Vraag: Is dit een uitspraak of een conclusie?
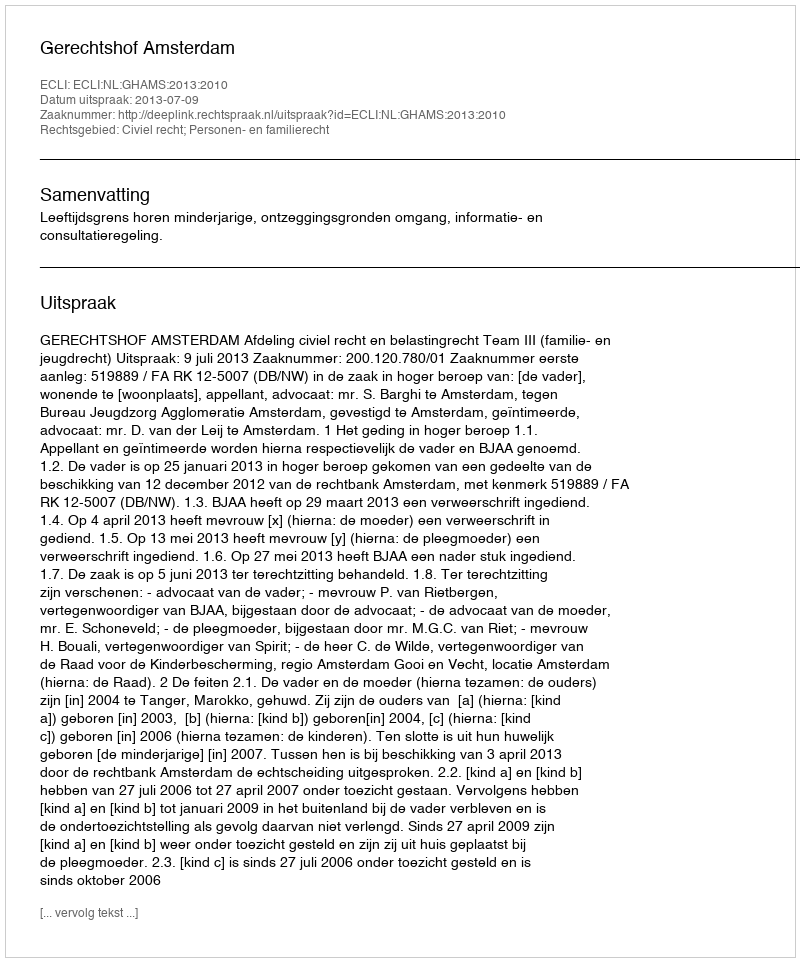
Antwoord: Uitspraak